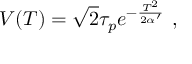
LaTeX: V ( T ) = \sqrt { 2 } \tau _ { p } e ^ { - { \frac { T ^ { 2 } } { 2 \alpha ^ { \prime } } } } \ ,